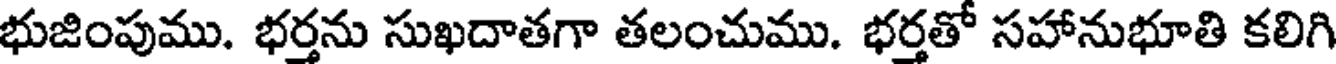
భుజింపుము. భర్తను సుఖదాతగా తలంచుము. భర్తతో సహానుభూతి కలిగి